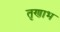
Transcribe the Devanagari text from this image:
तृणाभ